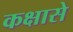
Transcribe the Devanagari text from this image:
कक्षासे